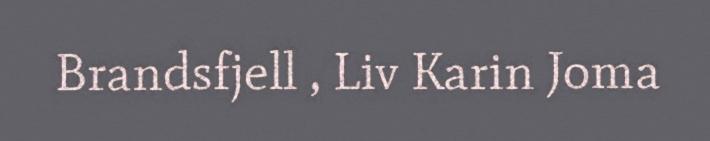
Brandsfjell , Liv Karin Joma